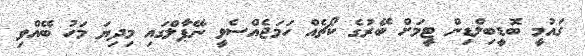
ގައުމީ ބޮޑީބިލްޑިން ޓީމަށް ބޭރުގެ ކޯޗެއް ހަމަޖެއްސެވީ ނޭޕާލްގައި މިދިޔަ މަހު ބޭއްވި